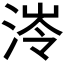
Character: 𭰰